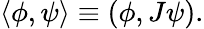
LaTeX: \langle\phi,\psi\rangle\equiv(\phi,J\psi).